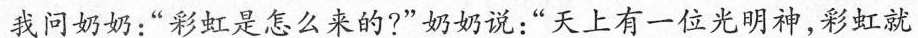
我问奶奶：”彩虹是怎么来的?”奶奶说：”天上有一位光明神，彩虹就